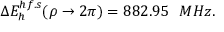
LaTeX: \Delta E _ { h } ^ { h f . s } ( \rho \rightarrow 2 \pi ) = 8 8 2 . 9 5 ~ ~ M H z .